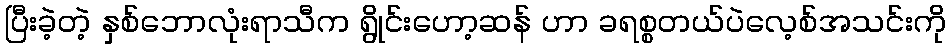
ပြီးခဲ့တဲ့ နှစ်ဘောလုံးရာသီက ရွိုင်းဟော့ဆန် ဟာ ခရစ္စတယ်ပဲလေ့စ်အသင်းကို